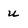
Character: u